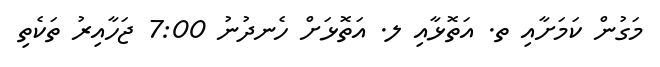
މަގުން ކަމަށާއި ތ. އަތޮޅާއި ލ. އަތޮޅަށް ހެނދުނު 7:00 ޖަހާއިރު ތަކެތި